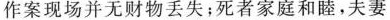
作案现场并无财物丢失；死者家庭和睦，夫妻